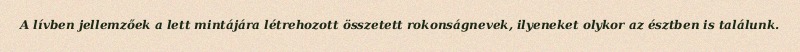
A lívben jellemzőek a lett mintájára létrehozott összetett rokonságnevek, ilyeneket olykor az észtben is találunk.